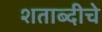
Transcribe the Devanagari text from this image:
शताब्दीचे